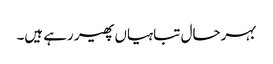
بہرحال تباہیاں پھیر رہے ہیں۔